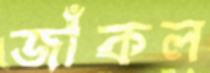
জাঁকল